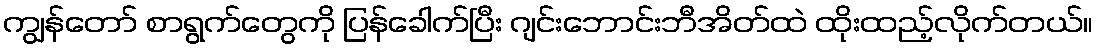
ကျွန်တော် စာရွက်တွေကို ပြန်ခေါက်ပြီး ဂျင်းဘောင်းဘီအိတ်ထဲ ထိုးထည့်လိုက်တယ်။